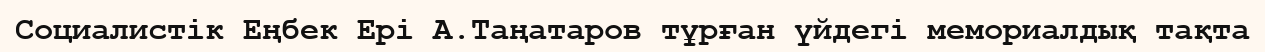
Социалистік Еңбек Ері А.Таңатаров тұрған үйдегі мемориалдық тақта